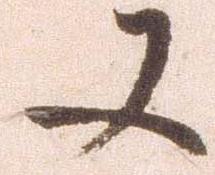
又